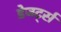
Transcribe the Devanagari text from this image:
डेजर्ट्स